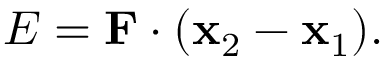
E = { \mathbf { F } } \cdot ( { \mathbf { x } } _ { 2 } - { \mathbf { x } } _ { 1 } ) .